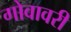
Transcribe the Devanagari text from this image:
गोवावरी